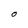
Character: O